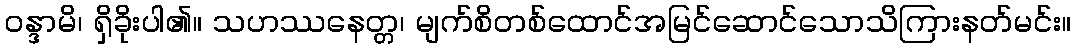
ဝန္ဒာမိ၊ ရှိခိုးပါ၏။ သဟဿနေတ္တ၊ မျက်စိတစ်ထောင်အမြင်ဆောင်သောသိကြားနတ်မင်း။